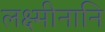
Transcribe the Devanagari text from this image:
लक्ष्मीनानि